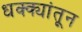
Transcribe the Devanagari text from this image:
धक्क्यांतून